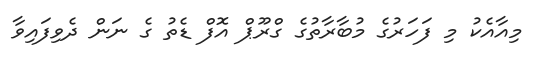
މިއާއެކު މި ފަހަރުގެ މުބާރާތުގެ ގްރޫޕް އޮފް ޑެތު ގެ ނަން ދެވިފައިވާ